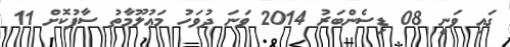
ގައި ވަނީ 08 ޑިސެންބަރު 2014 ވަނަ ދުވަހު މަޢުލޫމާތު ސާފުކޮށް 11